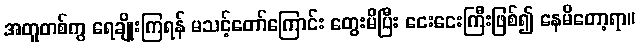
အတူတစ်ကွ ရေချိုးကြရန် မသင့်တော်ကြောင်း တွေးမိပြီး ငေးငေးကြီးဖြစ်၍ နေမိတော့ရာ။